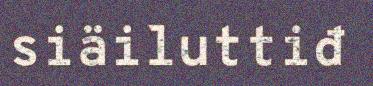
siäiluttiđ